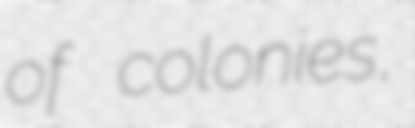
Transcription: of colonies,